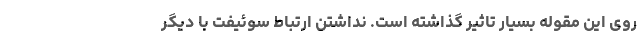
روی این مقوله بسیار تاثیر گذاشته است. نداشتن ارتباط سوئیفت با دیگر